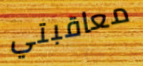
معاقبتي